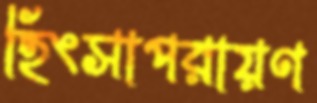
হিংসাপরায়ণ